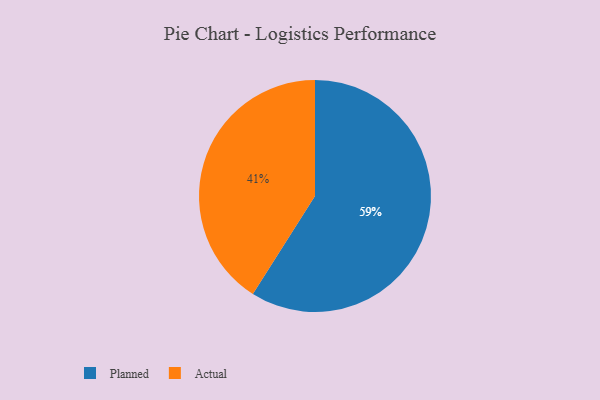
{"axis": {"x": "Category", "y": "Percentage"}, "legend": ["Actual", "Planned"], "data": [{"x": "Planned", "y": 59, "type": "Planned"}, {"x": "Actual", "y": 41, "type": "Actual"}]}